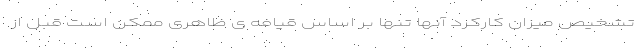
تشخیص میزان کارکرد آنها تنها بر اساس قیافه ی ظاهری ممکن است قبل از